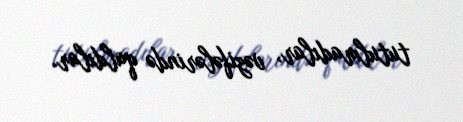
tutulmadılar, vəzifələrində qaldılar.